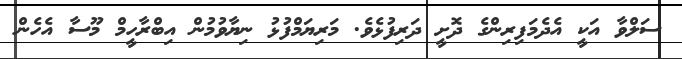
ސަލްވާ އަކީ އެދެމަފިރިންގެ ދޮށީ ދަރިފުޅެވެ. މަރިޔަމްފުޅު ނިޔާވުމުން އިބްރާހީމް މޫސާ އެހެން